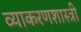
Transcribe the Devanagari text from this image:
व्याकरणशास्त्री